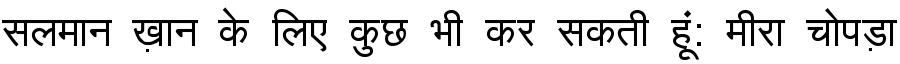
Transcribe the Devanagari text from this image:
सलमान ख़ान के लिए कुछ भी कर सकती हूं: मीरा चोपड़ा